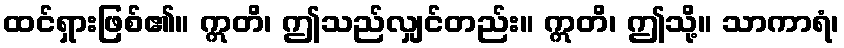
ထင်ရှားဖြစ်၏။ ဣတိ၊ ဤသည်လျှင်တည်း။ ဣတိ၊ ဤသို့။ သာကာရံ၊